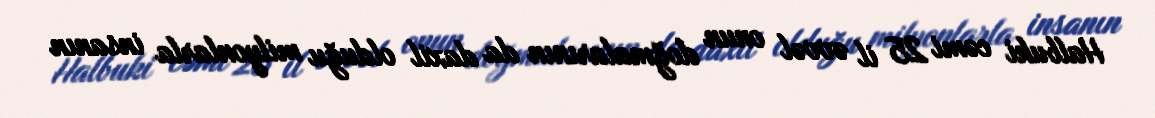
Halbuki cəmi 25 il əvvəl onun doğmalarının da daxil olduğu milyonlarla insanın